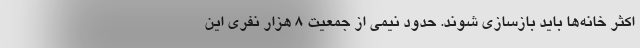
اکثر خانه‌ها باید بازسازی شوند. حدود نیمی از جمعیت 8 هزار نفری این